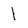
Character: I